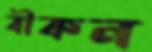
বীকন